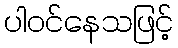
ပါဝင်နေသဖြင့်